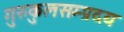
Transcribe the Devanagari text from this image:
गुरुकुलसम्प्रदय